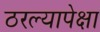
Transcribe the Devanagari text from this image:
ठरल्यापेक्षा